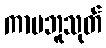
ကာမဘူသုတ်